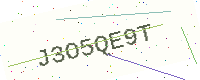
Text: J3O5QE9T